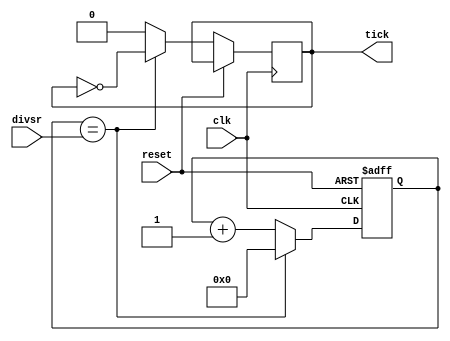
module baud_gen(
  input clk,reset,
  input [10:0] divsr,
  output reg tick
  );
  reg [10:0] count=11'b0;
  always@(posedge clk,posedge reset)
  begin
  if(reset)
    count=0;
  else
    begin
    if(count==divsr)
      begin
        count=0;
        tick=~tick;
      end
    else
      begin
        count=count+1;
        tick=0;
      end
    end
  end
endmodule